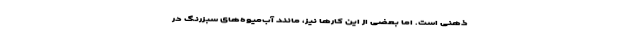
ذهنی است. اما بعضی از این کارها نیز، مانند آب‌میوه‌های سبزرنگ در